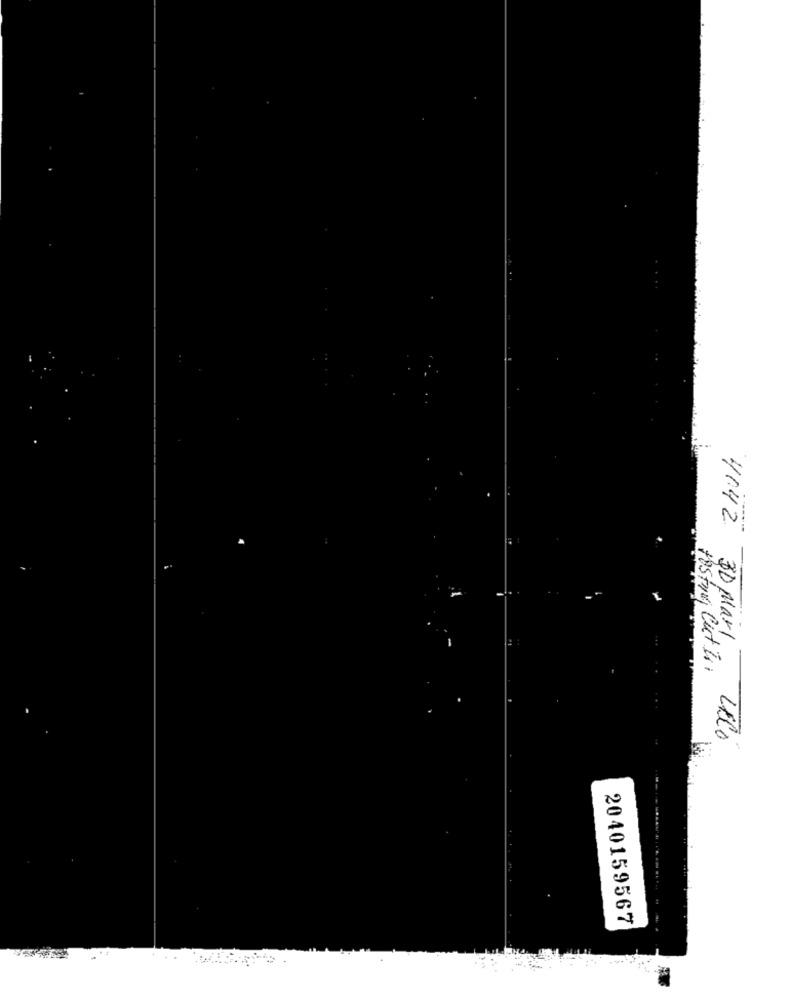
4142
3D Marl
Hosting Cut In.
2040159567